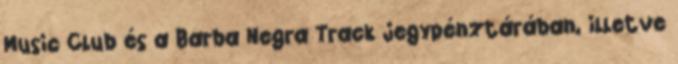
Music Club és a Barba Negra Track jegypénztárában, illetve